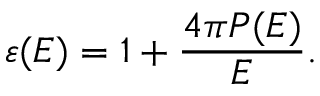
\centering \varepsilon ( E ) = 1 + \frac { 4 \pi P ( E ) } { E } .